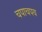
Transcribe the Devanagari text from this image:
चपाचपय